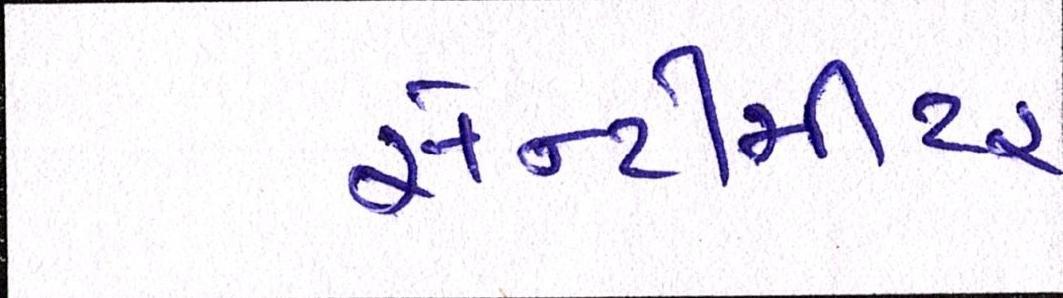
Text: સેન્ટીમીટર